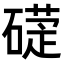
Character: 𥕩